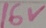
Text: 16V